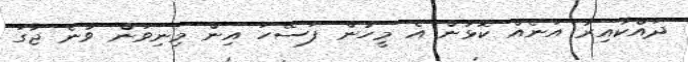
ދައްކާއިރު އަނެއް ކޮޅުން އެ މީހުން ފަސޭހަ އިން މިނިވަން ވާނެ ޖާގަ